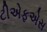
ટીએફએસ